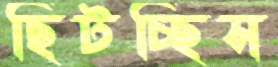
ছিটচ্ছিস